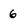
Character: 6